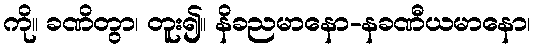
ကို။ ခဏိတွာ၊ တူး၍။ နိခညမာနော-နခဏီယမာနော၊